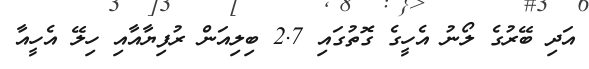
އަދި ބޭރުގެ ލޯނު އެހީގެ ގޮތުގައި 2.7 ބިލިއަން ރުފިޔާއާއި ހިލޭ އެހީއާ